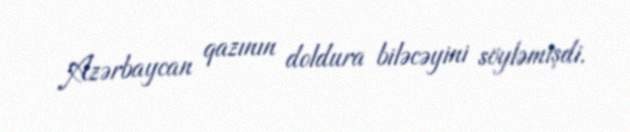
Azərbaycan qazının doldura biləcəyini söyləmişdi.